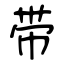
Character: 带